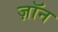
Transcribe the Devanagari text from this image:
ज़ॉन